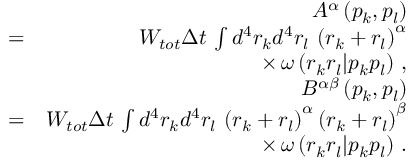
\begin{array} { r l r } & { } & { A ^ { \alpha } \left( p _ { k } , p _ { l } \right) } \\ & { = } & { W _ { t o t } \Delta t \, \int d ^ { 4 } r _ { k } d ^ { 4 } r _ { l } \, \left( r _ { k } + r _ { l } \right) ^ { \alpha } } \\ & { } & { \times \, \omega \left( r _ { k } r _ { l } | p _ { k } p _ { l } \right) \, , } \\ & { } & { B ^ { \alpha \beta } \left( p _ { k } , p _ { l } \right) } \\ & { = } & { W _ { t o t } \Delta t \, \int d ^ { 4 } r _ { k } d ^ { 4 } r _ { l } \, \left( r _ { k } + r _ { l } \right) ^ { \alpha } \left( r _ { k } + r _ { l } \right) ^ { \beta } } \\ & { } & { \times \, \omega \left( r _ { k } r _ { l } | p _ { k } p _ { l } \right) \, . } \end{array}